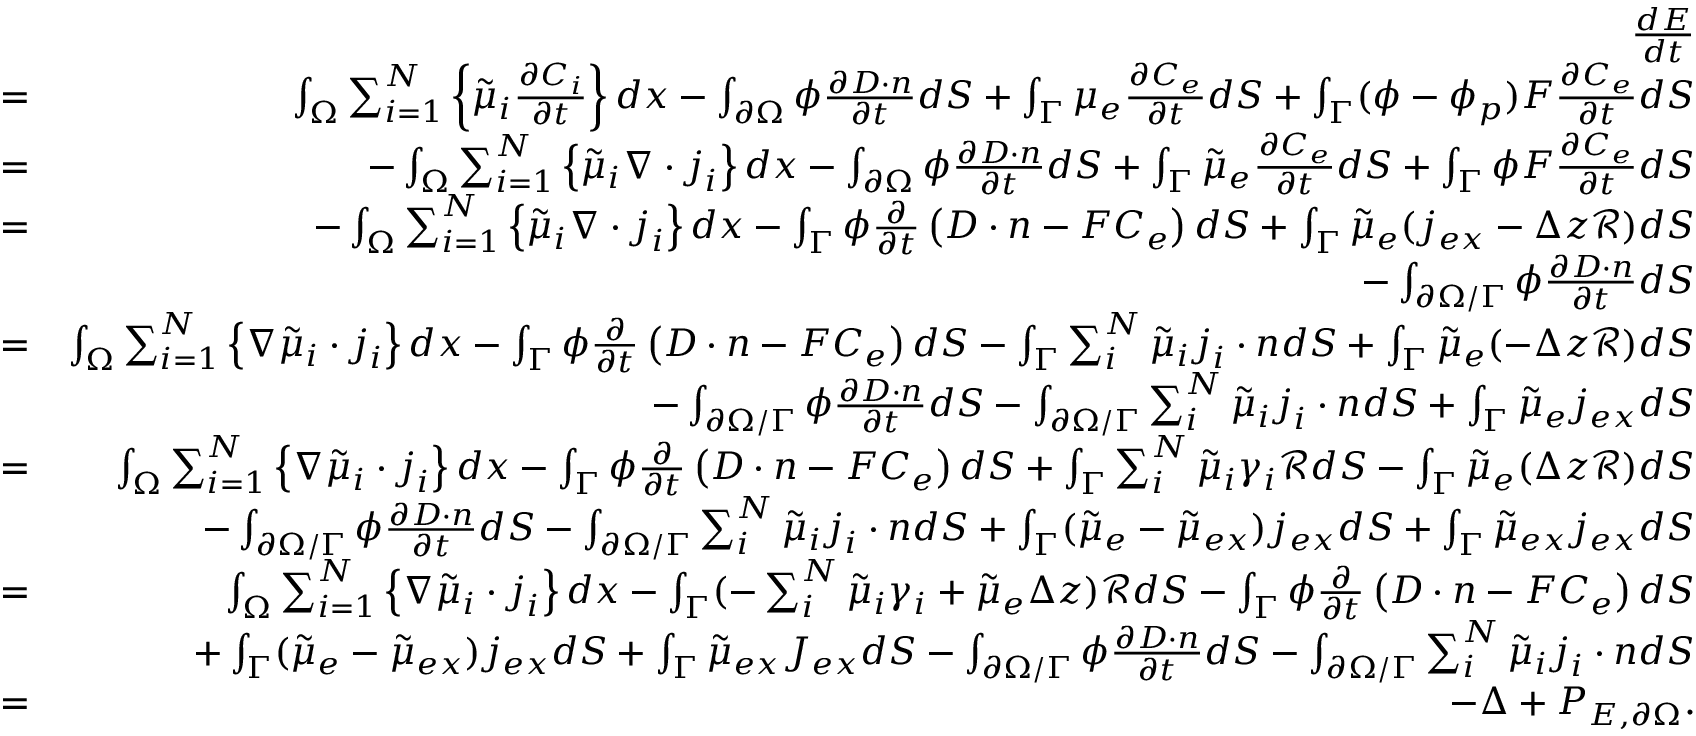
\begin{array} { r l r } & { } & { \frac { d E } { d t } } \\ & { = } & { \int _ { \Omega } \sum _ { i = 1 } ^ { N } \left\{ \tilde { \mu } _ { i } \frac { \partial C _ { i } } { \partial t } \right\} d x - \int _ { \partial \Omega } \phi \frac { \partial \boldsymbol { D } \cdot \boldsymbol { n } } { \partial t } d S + \int _ { \Gamma } \mu _ { e } \frac { \partial C _ { e } } { \partial t } d S + \int _ { \Gamma } ( \phi - \phi _ { p } ) F \frac { \partial C _ { e } } { \partial t } d S } \\ & { = } & { - \int _ { \Omega } \sum _ { i = 1 } ^ { N } \left\{ \tilde { \mu } _ { i } \nabla \cdot \boldsymbol { j } _ { i } \right\} d x - \int _ { \partial \Omega } \phi \frac { \partial \boldsymbol { D } \cdot \boldsymbol { n } } { \partial t } d S + \int _ { \Gamma } \tilde { \mu } _ { e } \frac { \partial C _ { e } } { \partial t } d S + \int _ { \Gamma } \phi F \frac { \partial C _ { e } } { \partial t } d S } \\ & { = } & { - \int _ { \Omega } \sum _ { i = 1 } ^ { N } \left\{ \tilde { \mu } _ { i } \nabla \cdot \boldsymbol { j } _ { i } \right\} d x - \int _ { \Gamma } \phi \frac { \partial } { \partial t } \left( \boldsymbol { D } \cdot \boldsymbol { n } - F C _ { e } \right) d S + \int _ { \Gamma } \tilde { \mu } _ { e } ( j _ { e x } - \Delta z \mathcal { R } ) d S } \\ & { } & { - \int _ { \partial \Omega / \Gamma } \phi \frac { \partial \boldsymbol { D } \cdot \boldsymbol { n } } { \partial t } d S } \\ & { = } & { \int _ { \Omega } \sum _ { i = 1 } ^ { N } \left\{ \nabla \tilde { \mu } _ { i } \cdot \boldsymbol { j } _ { i } \right\} d x - \int _ { \Gamma } \phi \frac { \partial } { \partial t } \left( \boldsymbol { D } \cdot \boldsymbol { n } - F C _ { e } \right) d S - \int _ { \Gamma } \sum _ { i } ^ { N } \tilde { \mu } _ { i } \boldsymbol { j } _ { i } \cdot \boldsymbol { n } d S + \int _ { \Gamma } \tilde { \mu } _ { e } ( - \Delta z \mathcal { R } ) d S } \\ & { } & { - \int _ { \partial \Omega / \Gamma } \phi \frac { \partial \boldsymbol { D } \cdot \boldsymbol { n } } { \partial t } d S - \int _ { \partial \Omega / \Gamma } \sum _ { i } ^ { N } \tilde { \mu } _ { i } \boldsymbol { j } _ { i } \cdot \boldsymbol { n } d S + \int _ { \Gamma } \tilde { \mu } _ { e } j _ { e x } d S } \\ & { = } & { \int _ { \Omega } \sum _ { i = 1 } ^ { N } \left\{ \nabla \tilde { \mu } _ { i } \cdot \boldsymbol { j } _ { i } \right\} d x - \int _ { \Gamma } \phi \frac { \partial } { \partial t } \left( \boldsymbol { D } \cdot \boldsymbol { n } - F C _ { e } \right) d S + \int _ { \Gamma } \sum _ { i } ^ { N } \tilde { \mu } _ { i } \gamma _ { i } \mathcal { R } d S - \int _ { \Gamma } \tilde { \mu } _ { e } ( \Delta z \mathcal { R } ) d S } \\ & { } & { - \int _ { \partial \Omega / \Gamma } \phi \frac { \partial \boldsymbol { D } \cdot \boldsymbol { n } } { \partial t } d S - \int _ { \partial \Omega / \Gamma } \sum _ { i } ^ { N } \tilde { \mu } _ { i } \boldsymbol { j } _ { i } \cdot \boldsymbol { n } d S + \int _ { \Gamma } ( \tilde { \mu } _ { e } - \tilde { \mu } _ { e x } ) j _ { e x } d S + \int _ { \Gamma } \tilde { \mu } _ { e x } j _ { e x } d S } \\ & { = } & { \int _ { \Omega } \sum _ { i = 1 } ^ { N } \left\{ \nabla \tilde { \mu } _ { i } \cdot \boldsymbol { j } _ { i } \right\} d x - \int _ { \Gamma } ( - \sum _ { i } ^ { N } \tilde { \mu } _ { i } \gamma _ { i } + \tilde { \mu } _ { e } \Delta z ) \mathcal { R } d S - \int _ { \Gamma } \phi \frac { \partial } { \partial t } \left( \boldsymbol { D } \cdot \boldsymbol { n } - F C _ { e } \right) d S } \\ & { } & { + \int _ { \Gamma } ( \tilde { \mu } _ { e } - \tilde { \mu } _ { e x } ) j _ { e x } d S + \int _ { \Gamma } \tilde { \mu } _ { e x } J _ { e x } d S - \int _ { \partial \Omega / \Gamma } \phi \frac { \partial \boldsymbol { D } \cdot \boldsymbol { n } } { \partial t } d S - \int _ { \partial \Omega / \Gamma } \sum _ { i } ^ { N } \tilde { \mu } _ { i } \boldsymbol { j } _ { i } \cdot \boldsymbol { n } d S } \\ & { = } & { - \Delta + P _ { E , \partial \Omega } . } \end{array}